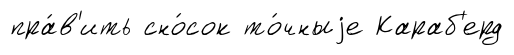
пра́в'ить сно́сок то́чныjе Караб'ерд